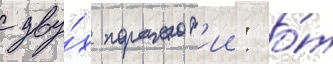
с дву́х поражен'ии: о́т